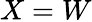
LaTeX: X=W